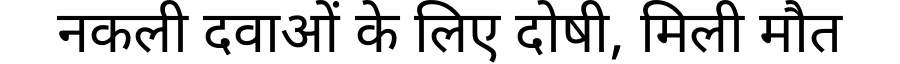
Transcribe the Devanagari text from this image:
नकली दवाओं के लिए दोषी, मिली मौत